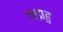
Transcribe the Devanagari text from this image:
षड़ाहु